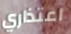
اعتذاري